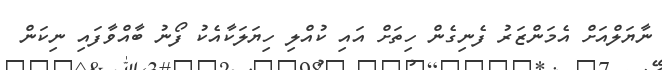
ނާޔަލްއަށް އެމަންޒަރު ފެނިގެން ހިތަށް އައި ކުއްލި ހިޔަލަކާއެކު ފޯނު ބާއްވާފައި ނިކަން